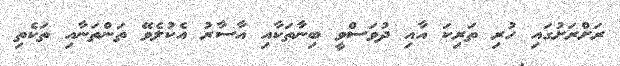
ރަށްރަށުގައި ހުރި ތަރިކަ އާއި ދުވަސްވީ ބިނާތަކާއި އާސާރު އެކުލެވޭ ތަންތަނާއި ތަކެތި